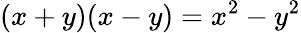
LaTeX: (x+y)(x-y)=x^{2}-y^{2}